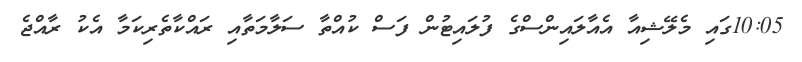
10:05ގައި މެލޭޝިއާ އެއާލައިންސްގެ ފުލައިޓުން ފަސް ކުއްތާ ސަލާމަތާއި ރައްކާތެރިކަމާ އެކު ރާއްޖެ